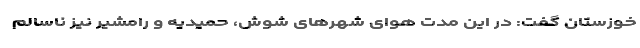
خوزستان گفت: در این مدت هوای شهرهای شوش، حمیدیه و رامشیر نیز ناسالم